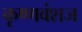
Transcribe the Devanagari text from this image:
कृष्‍णवंशज